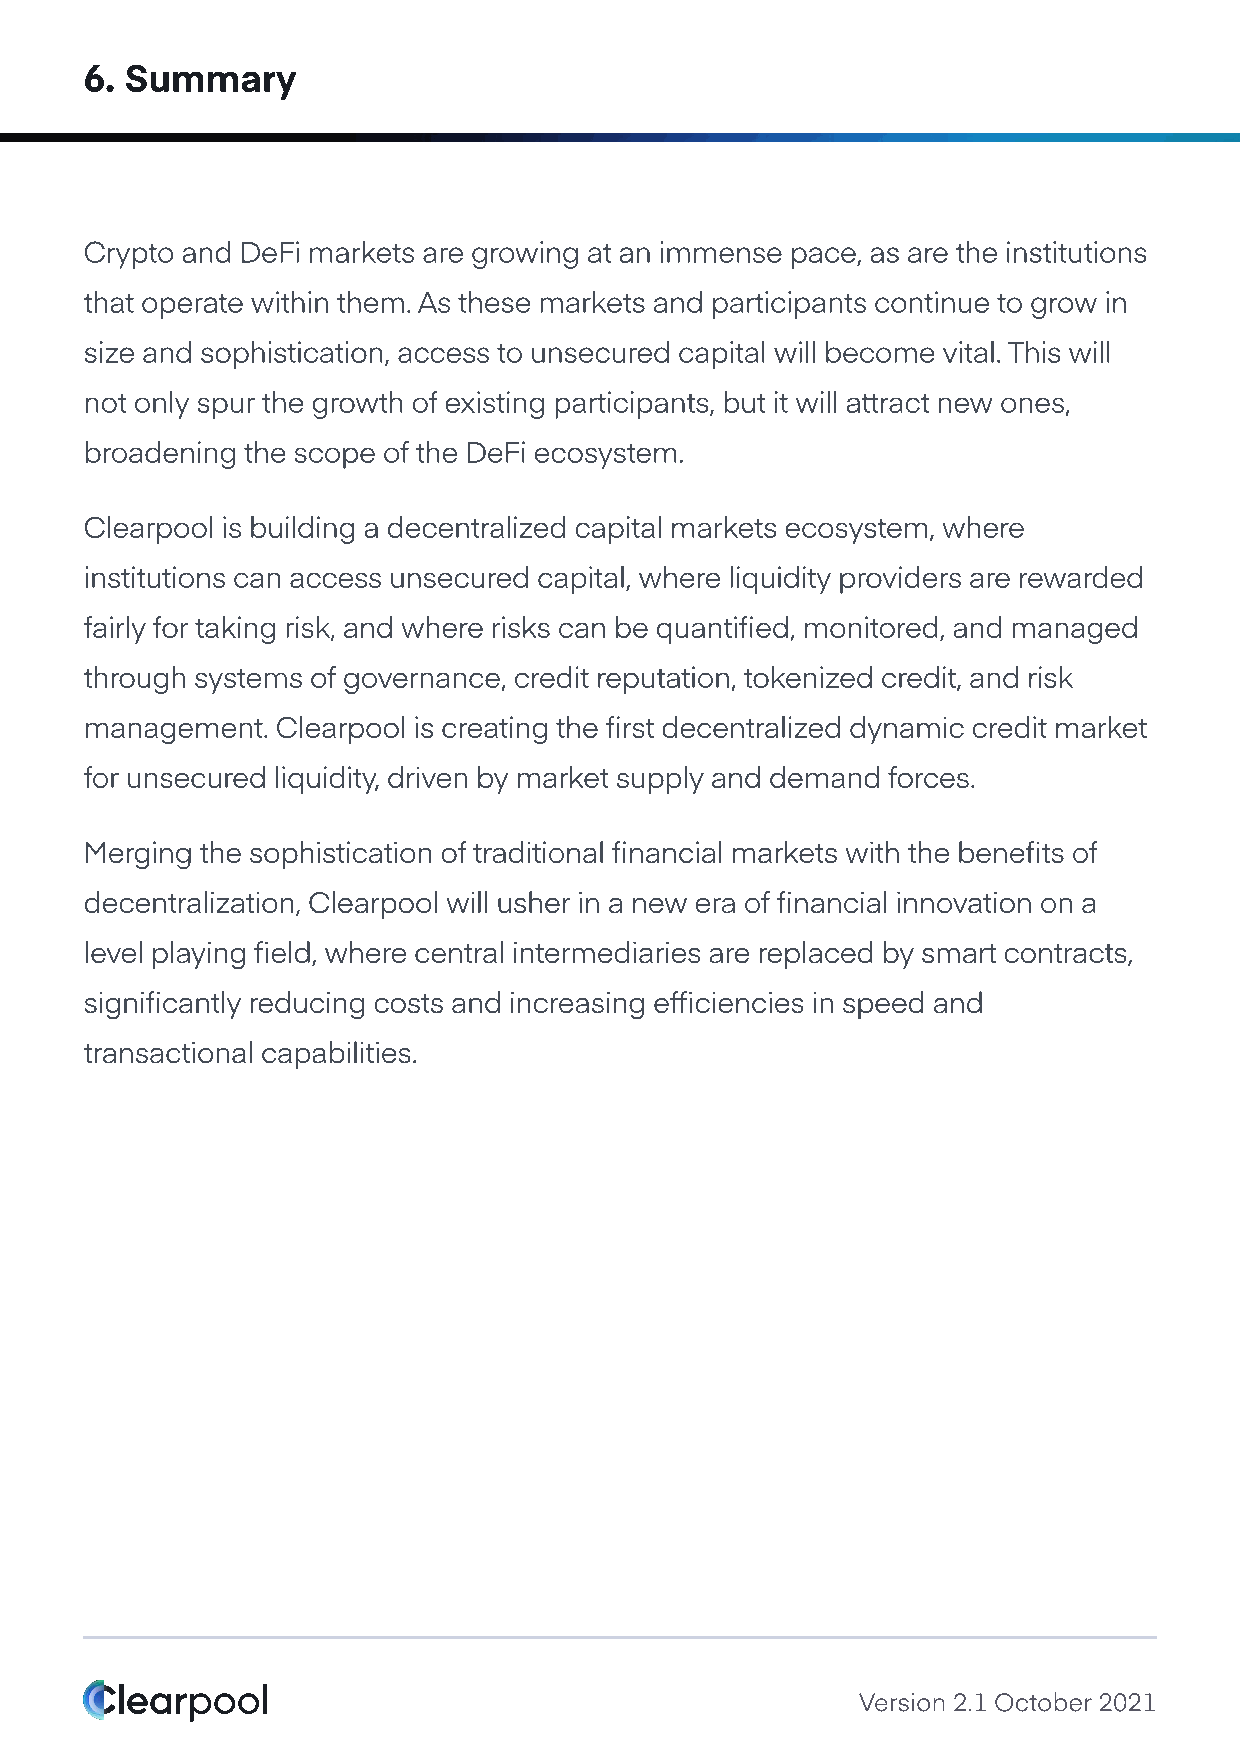
6. Summary
 Crypto and DeFi markets are growing at an immense pace, as are the institutions
 that operate within them. As these markets and participants continue to grow in
 size and sophistication, access to unsecured capital will become vital. This will
 not only spur the growth of existing participants, but it will attract new ones,
 broadening the scope of the DeFi ecosystem.
 Clearpool is building a decentralized capital markets ecosystem, where
 institutions can access unsecured capital, where liquidity providers are rewarded
 fairly for taking risk, and where risks can be quantified, monitored, and managed
 through systems of governance, credit reputation, tokenized credit, and risk
 management. Clearpool is creating the first decentralized dynamic credit market
 for unsecured liquidity, driven by market supply and demand forces.
 Merging the sophistication of traditional financial markets with the benefits of
 decentralization, Clearpool will usher in a new era of financial innovation on a
 level playing field, where central intermediaries are replaced by smart contracts,
 significantly reducing costs and increasing efficiencies in speed and
 transactional capabilities.
 Version 2.1 October 2021